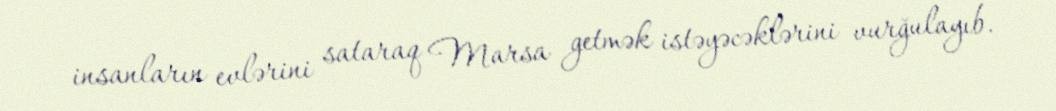
insanların evlərini sataraq Marsa getmək istəyəcəklərini vurğulayıb.